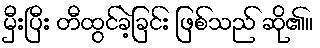
မှီးပြီး တီထွင်ခဲ့ခြင်း ဖြစ်သည် ဆို၏။